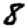
Digit: 8